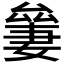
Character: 𠬎